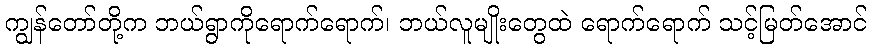
ကျွန်တော်တို့က ဘယ်ရွာကိုရောက်ရောက်၊ ဘယ်လူမျိုးတွေထဲ ရောက်ရောက် သင့်မြတ်အောင်